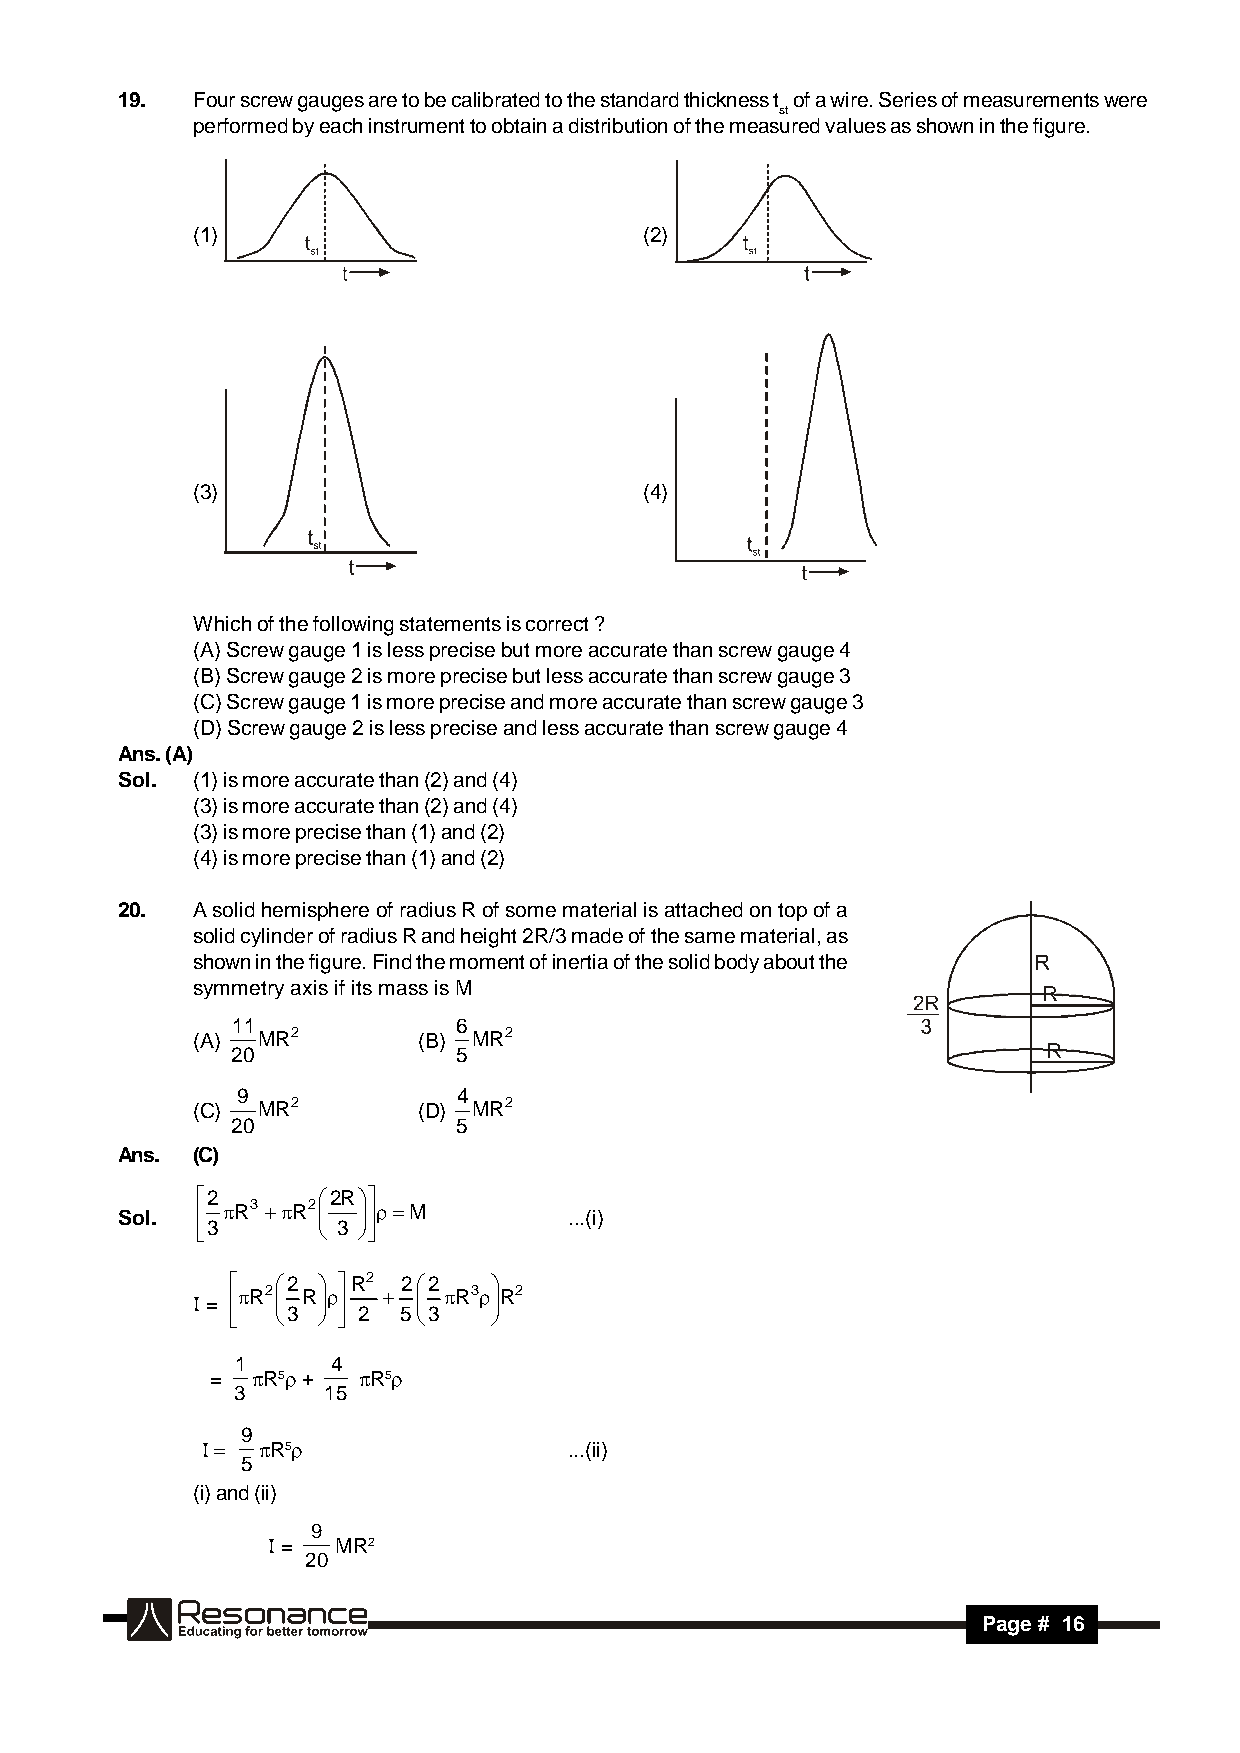
19.  Four screw gauges are to be calibrated to the standard thickness t of a wire. Series of measurements were
 st
 performed by each instrument to obtain a distribution of the measured values as shown in the figure.
 (1)                           (2)
 (3)                           (4)
 Which of the following statements is correct ?
 (A) Screw gauge 1 is less precise but more accurate than screw gauge 4
 (B) Screw gauge 2 is more precise but less accurate than screw gauge 3
 (C) Screw gauge 1 is more precise and more accurate than screw gauge 3
 (D) Screw gauge 2 is less precise and less accurate than screw gauge 4
 Ans. (A)
 Sol. (1) is more accurate than (2) and (4)
 (3) is more accurate than (2) and (4)
 (3) is more precise than (1) and (2)
 (4) is more precise than (1) and (2)
 20.  A solid hemisphere of radius R of some material is attached on top of a
 solid cylinder of radius R and height 2R/3 made of the same material, as
 shown in the figure. Find the moment of inertia of the solid body about the
 symmetry axis if its mass is M
 11             6
 (A) MR2        (B) MR2
 20             5
 9             4
 (C)
 MR2
 (D)
 MR2
 20             5
 Ans. (C)
 Sol. 2 R3 R2 2R   M ...(i)
 3       3 
  =
  R2 2 R R2
 
 2 2 R3  R2
   3   2 53   
 1     4
 =  R5 + R5
 3    15
 9
  R5              ...(ii)
 5
 (i) and (ii)
 9
  = MR2
 20
 RESONANCE
 Page # 16